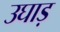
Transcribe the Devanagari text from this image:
उघाड़